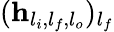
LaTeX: (\mathbf{h}_{l_{i},l_{f},l_{o}})_{l_{f}}